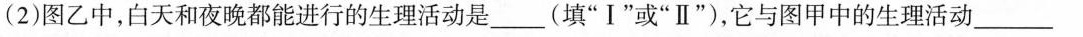
(2)图乙中，白天和夜晚都能进行的生理活动是___(填”Ⅰ”或”Ⅱ”)，它与图甲中的生理活动___